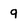
Character: 9